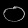
Digit: ၀